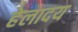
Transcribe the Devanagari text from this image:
हेलादय